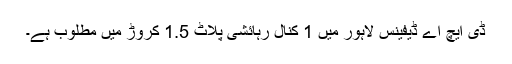
ڈی ایچ اے ڈیفینس لاہور میں 1 کنال رہائشی پلاٹ 1.5 کروڑ میں مطلوب ہے۔